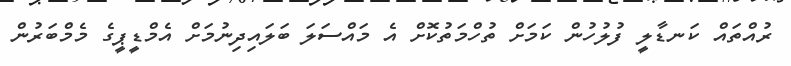
ރުއްތައް ކަނޑާލީ ފުލުހުން ކަމަށް ތުހްމަތުކޮށް އެ މައްސަލަ ބަލައިދިނުމަށް އެމްޑީޕީގެ މެމްބަރުން